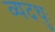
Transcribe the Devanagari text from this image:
व्यदधुः